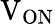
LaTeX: \mathrm{V_{ON}}